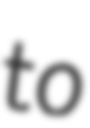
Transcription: to